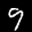
Label: 9